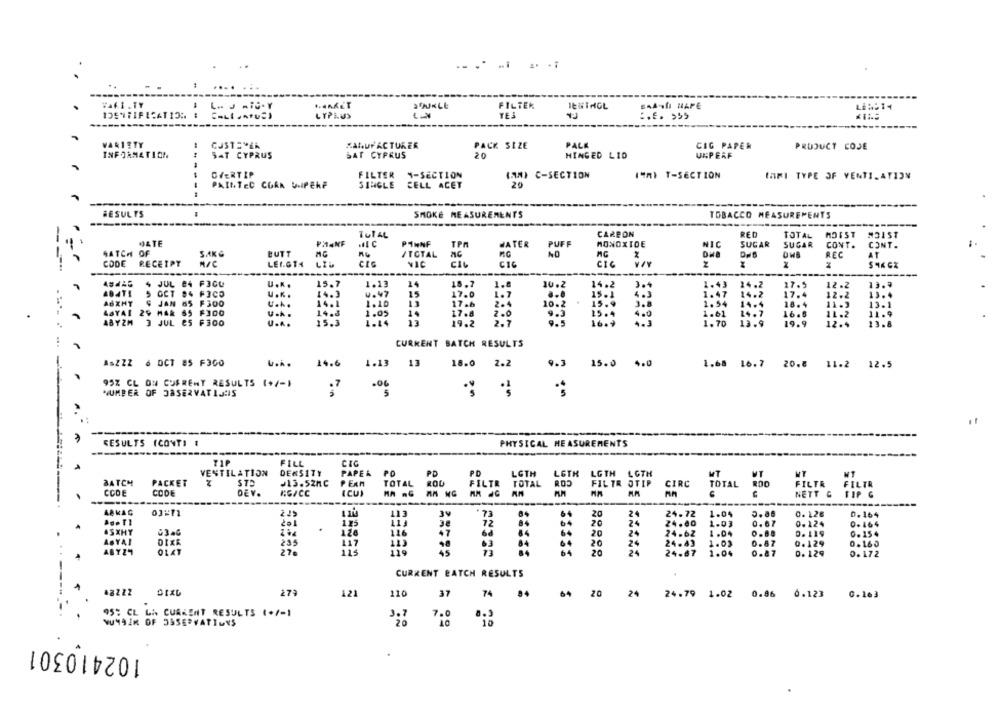
Waf.i.TY
SJUKLE
FILTER
LE1914
LYPLUS
TEJ
E.E. 599
PALE
VARIETY
CUSTOMER
SALUFACTURER
PACK SIZE
CIG PAPER
PRODUCT COJE
INFORMATION
SAT CYPRUS
SAT CYPRUS
20
HINGED LID
UNPERF
OVERTIP
FILTER 4-SECTION
(AM) C-SECTION
19MI T-SECTION
IARI TYPE OF VENTILATION
PAINTED CORK DIIPERF
SINGLE
CELL ACET
20
---
RESULTS
SMOKE MEASUREMENTS
TOBACCO MEASUREMENTS
TUTAL
CARBON
RED
TOTAL MOIST
M31ST
JATE
MLC
PINNF
TPA
WATER
MONOXIDE
NIC
SUGAR
SUGAR
PUFF
CONT.
CONT.
SATCH OF
SAKG
BUTT
MG
/TOTAL
OWB
REC
AT
CODE
RECEIPT
N/C
LEI.G14
LIL
CIC
VIC
CIC
SAK CX
----
JUL BA FICU
U.A.
15.7
1.13
14
18.7
1.8
10.2
14.2
1.43
24.2
27.5
12 .2
13.9
484TI
OCT 94 FICO
U.K.
14.3
4.47
15
17.0
1.7
15 . 1
1.47
17.4
12.2
13.4
14.2
AUXHT
S JAN 65 F300
U.A.
14.1
1.10
17 .6
2.4
10.2
15.9
1.54 14.4
18.4
11.3
13.1
29 MAR SS
U.A .
14.8
1.05
14
17.8
2.0
9.3
15.4
1.61
24.7
16.6
11.2
11.9
ABYZM
3 JUL ES
F300
15.3
1.14
13
19.2
2.7
9.5
16.9
U ...
1.70
13.9
19.9
12.4
13.8
...
CURRENT BATCH RESULTS
ASZZZ 6 OCT 85 F300
U.A.
14.6
1.13 13
18.0 2.2
9.3
15.0 4.0
1.68 16.7
20.8 11.2 12.5
95% CL ON CURRENT RESULTS (+/-1
.06
NUMBER OF JASERVATIJHIS
.7
5
RESULTS (CONT) .
PHYSICAL MEASUREMENTS
FILL
CIC
VENTILATION
DENSITY
PAPE&
PD
P.D
LGTH
LOTH
LGTH LOTH
PO
MT
MT
MT
MT
BATCH
PACKET
STP
J13.52MC
PERA
TOTAL
ROU
FILTR
TOTAL
FILTR OTIP
CIRC
TOTAL
FILTR
FILTR
CODE
CODE
DEV.
(CU)
NETT & TIP G
-
A8 KAG
*73
84
20
24
24.72
1.04
0.86
0.12€
0.164
20
24
24.00
0.124
0.464
201
1.03
ASXHY
126
6d
84
64
20
24
24.62
1.04
0.89
0. 119
0. 154
ASYAI
23
117
63
.4
20
24
24.43
1.03
0.87
0.129
0.160
ABYZY
27
11)
45
73
64
20
24
0.87
24.67
1.04
0.129
0.172
CURRENT BATCH RESULTS
273
121
110
37
74
64
20
24
0.163
24.79 1.02 0.86 0.123
95: CL LA CURRENT RESULTS (+/-1
VUMAIN OF 33SERVATIUNS
102410301
.